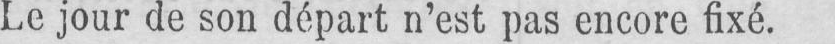
Le jour de son départ n’est pas encore fixé.